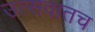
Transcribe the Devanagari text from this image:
उत्सवातच